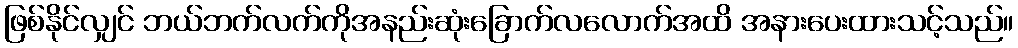
ဖြစ်နိုင်လျှင် ဘယ်ဘက်လက်ကိုအနည်းဆုံးခြောက်လလောက်အထိ အနားပေးထားသင့်သည်။